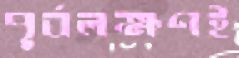
পূর্বলক্ষণই